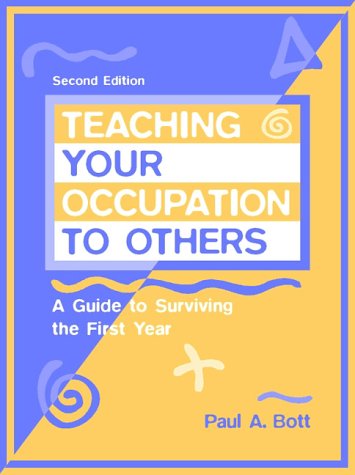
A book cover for Teaching Your Occupation to Others: A Guide to Surviving the First Year (2nd Edition); Paul A. Bott; Education & Teaching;